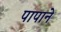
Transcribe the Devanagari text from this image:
पापाने